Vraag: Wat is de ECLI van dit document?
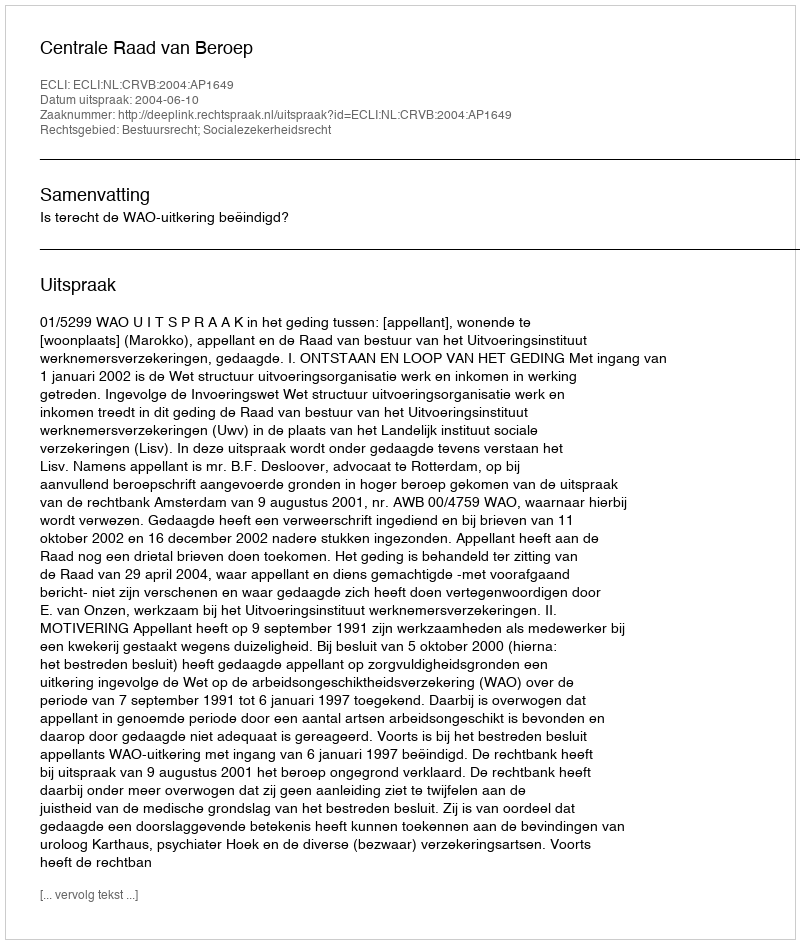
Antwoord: ECLI:NL:CRVB:2004:AP1649